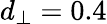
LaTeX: d_{\perp}=0.4